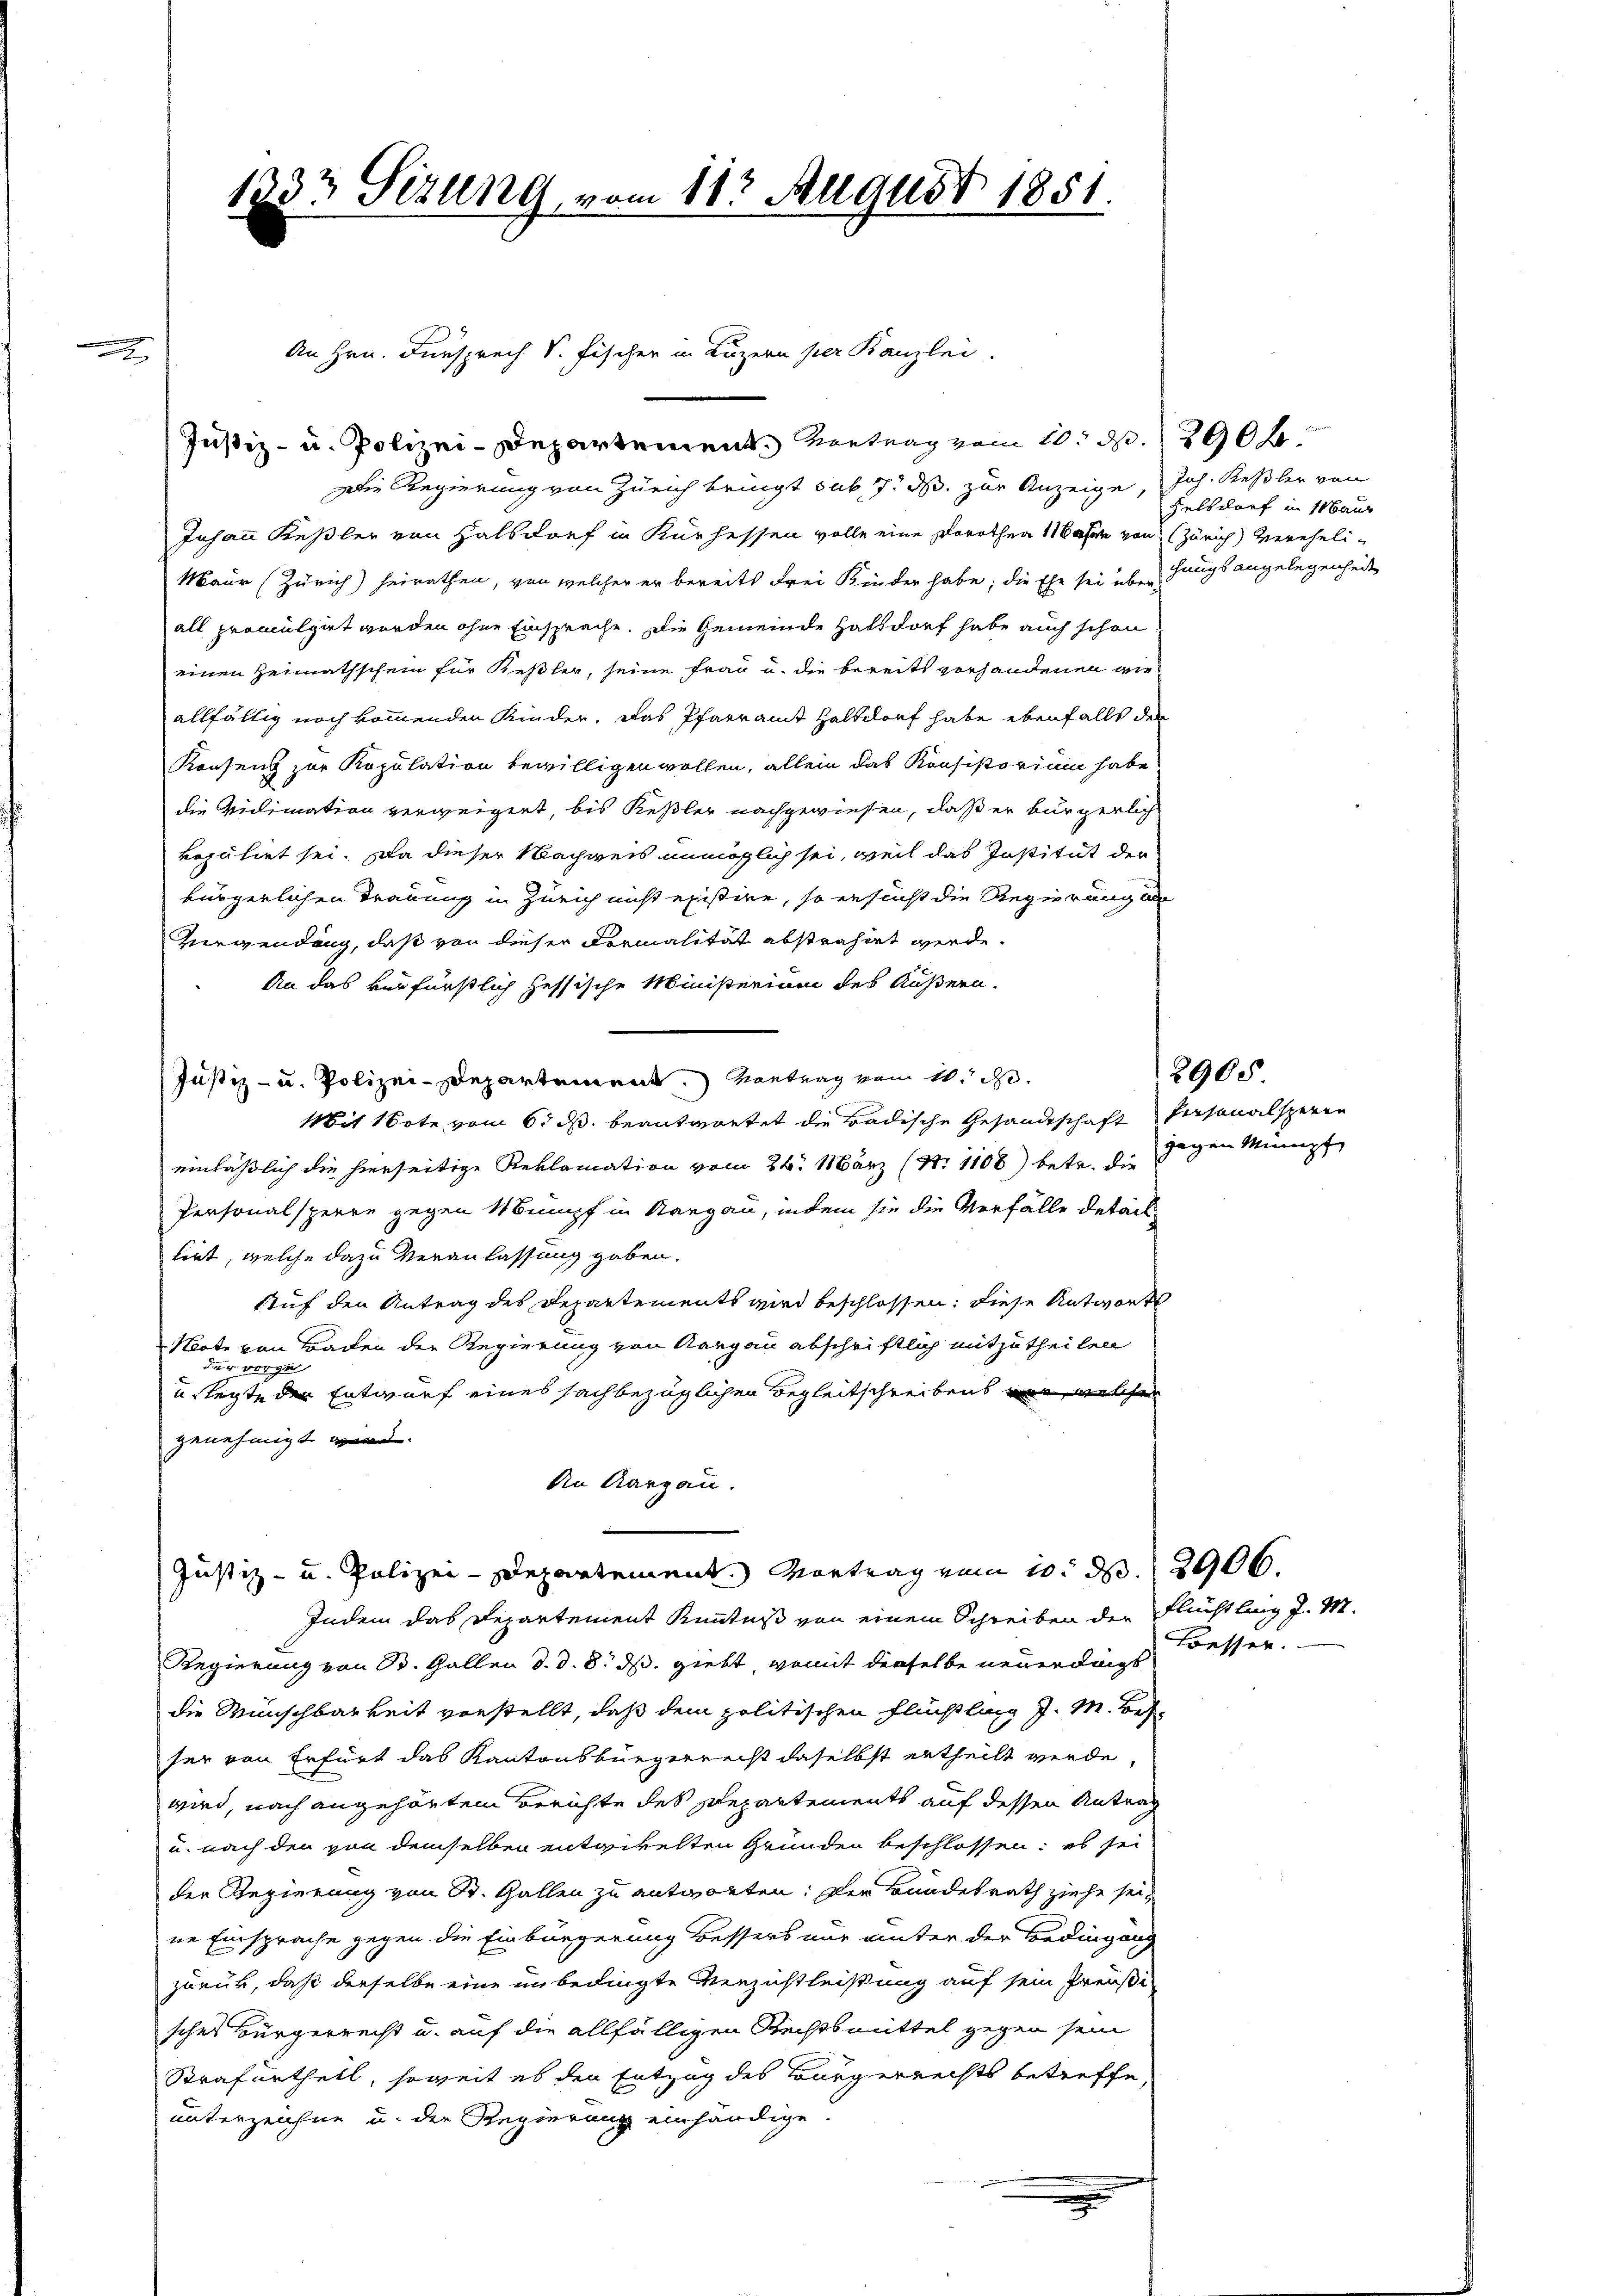
1333 Sizung, vom 18t August 1851.

Justiz- u. Polizei-Departement. Vertrag vom 10. d. 290 f
Die Regierung von Zürich bringt sub 7. ds. zur Anzeige, Joh. Keßler von
Johann Keßler von Halbdoef in Kurhessen wolle eine Dorothea 11 Bahre von Zürich vereheli¬
Maur (Zürich) heirathen, von welcher er bereits Frei Kinder habe; die Ehe sei überhaupt angelegenheit
all promulgirt werden ohne Einsprache. Die Gemeinde Haltdorf habe auch schon
einen Heimathschein für Keßler, seine Frau u. die bereits vorhandenen gieallfällig noch kommenden Kinder. Das Pfarramt Haltdorf habe ebenfalls den
Konsenz zur Kopulation bewilligen wollen, allein das Konsistorium habe
die vidimation verweigert, bis Keßler nachgewiesen, daß er bürgerlich
reputirt sei. Da dieser Nachweis unmöglich sei, weil das Institut der
bürgerlichen Trauung in Zürich nicht existire, so ersucht die Regierung a
Verwendung, daß von dieser Dermalität abstrahirt werde.
An das verfürstlich hessische Ministerium des Äußern.
Justiz- u. Polizei-Departement.) Kontrag vom 11. d.
Mit 1te vom 6. ds. beantwortet die Badische Gesandtschaft Personalsperen
einläßlich die hierseitige Reklamation vom 24. März (N. 1108) betr. die
Personalsperre gegen Mumpf in Aargau, indem sie die Verfälle detail
tirt, welche dazu Veranlassung gaben.
Auf den Antrag des Departements wird beschlossen: diese Antworts
Note von Baden der Regierung von Aargau abschriftlich mitzutheilen
dur vorge
u legte der Entwurf eines sachbezüglichen Begleitschreibens war, welcher
genehmigt wird.
An Aargau.
Justiz- u. Polizei-Departement. Vortrag vom 10. d. 2906.
Indem das Departement Kenntniß von einem Schreiben der Flüchtling J. M.
Regierung von B. Gallen d. d. 8. ds. giebt, womit derselbe neuerdings
die Wünschbarkeit vorstellt, daß dem politischen Flüchtling J. M. Beh
her von Erfurt das Kantonsbürgerrecht daselbst ertheilt werde,
wird, nach angehörtem Berichte des Departements auf dessen Antrag
u. nach den von demselben entgikelten Gründen beschlossen: es sei
der Regierung von Dr. Gallen zu antworten: Der Bundesrath ziehe sei,
ne Einsprache gegen die Einbürgerung Bessers nur unter der Bedingung
zurück, daß derselbe eine in bedingte Verzustleißung auf sein Preußi-
sches Bürgerrecht u. auf die allfälligen Rechtsmittel gegen sein
Strafurtheil, soweit es den Entzug des Bürgerrechts betreffe,
unterzeichne u. der Regierung einhändige

An Hrn. Fürsprech S. Fischen in Luzern per Kanzlei.

Felsdorf in Maur

gegen Minupf

2905

Besser.